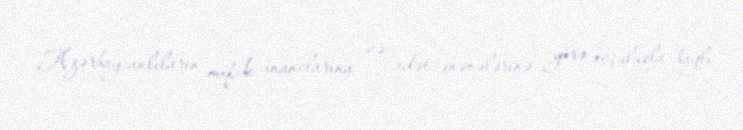
Azərbaycanlıların mifik inanclarına və adət-ənənələrinə görə ovçuluqla bağlı